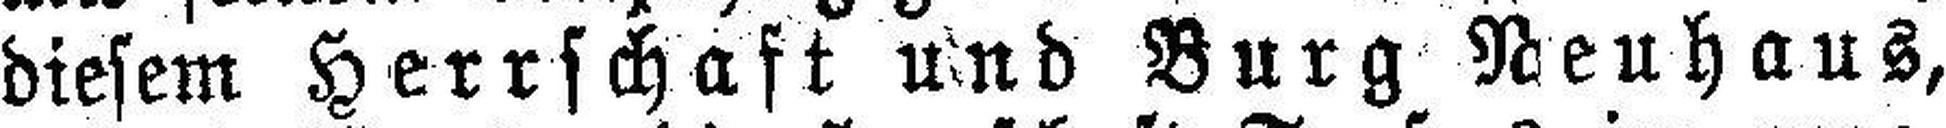
diesem Herrschaft und Burg Neuhaus,